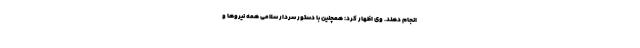
انجام دهند. وی اظهار کرد: همچنین با دستور سردار سلامی همه نیروها و